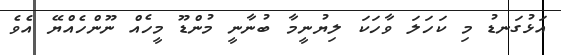
އަޅުގަނޑު މި ކަހަލަ ވާހަކަ ލިޔުނީމާ ބުނާނީ މުންޑޫ މީހެއް ނޫންހެއްޔޭ އެވެ